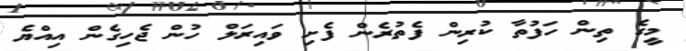
މީގެ ތިން ހަފުތާ ކުރިން ފެތުރެން ފެށި ވައިރަލް ހުން ޖެހިގެން އިއްޔެ